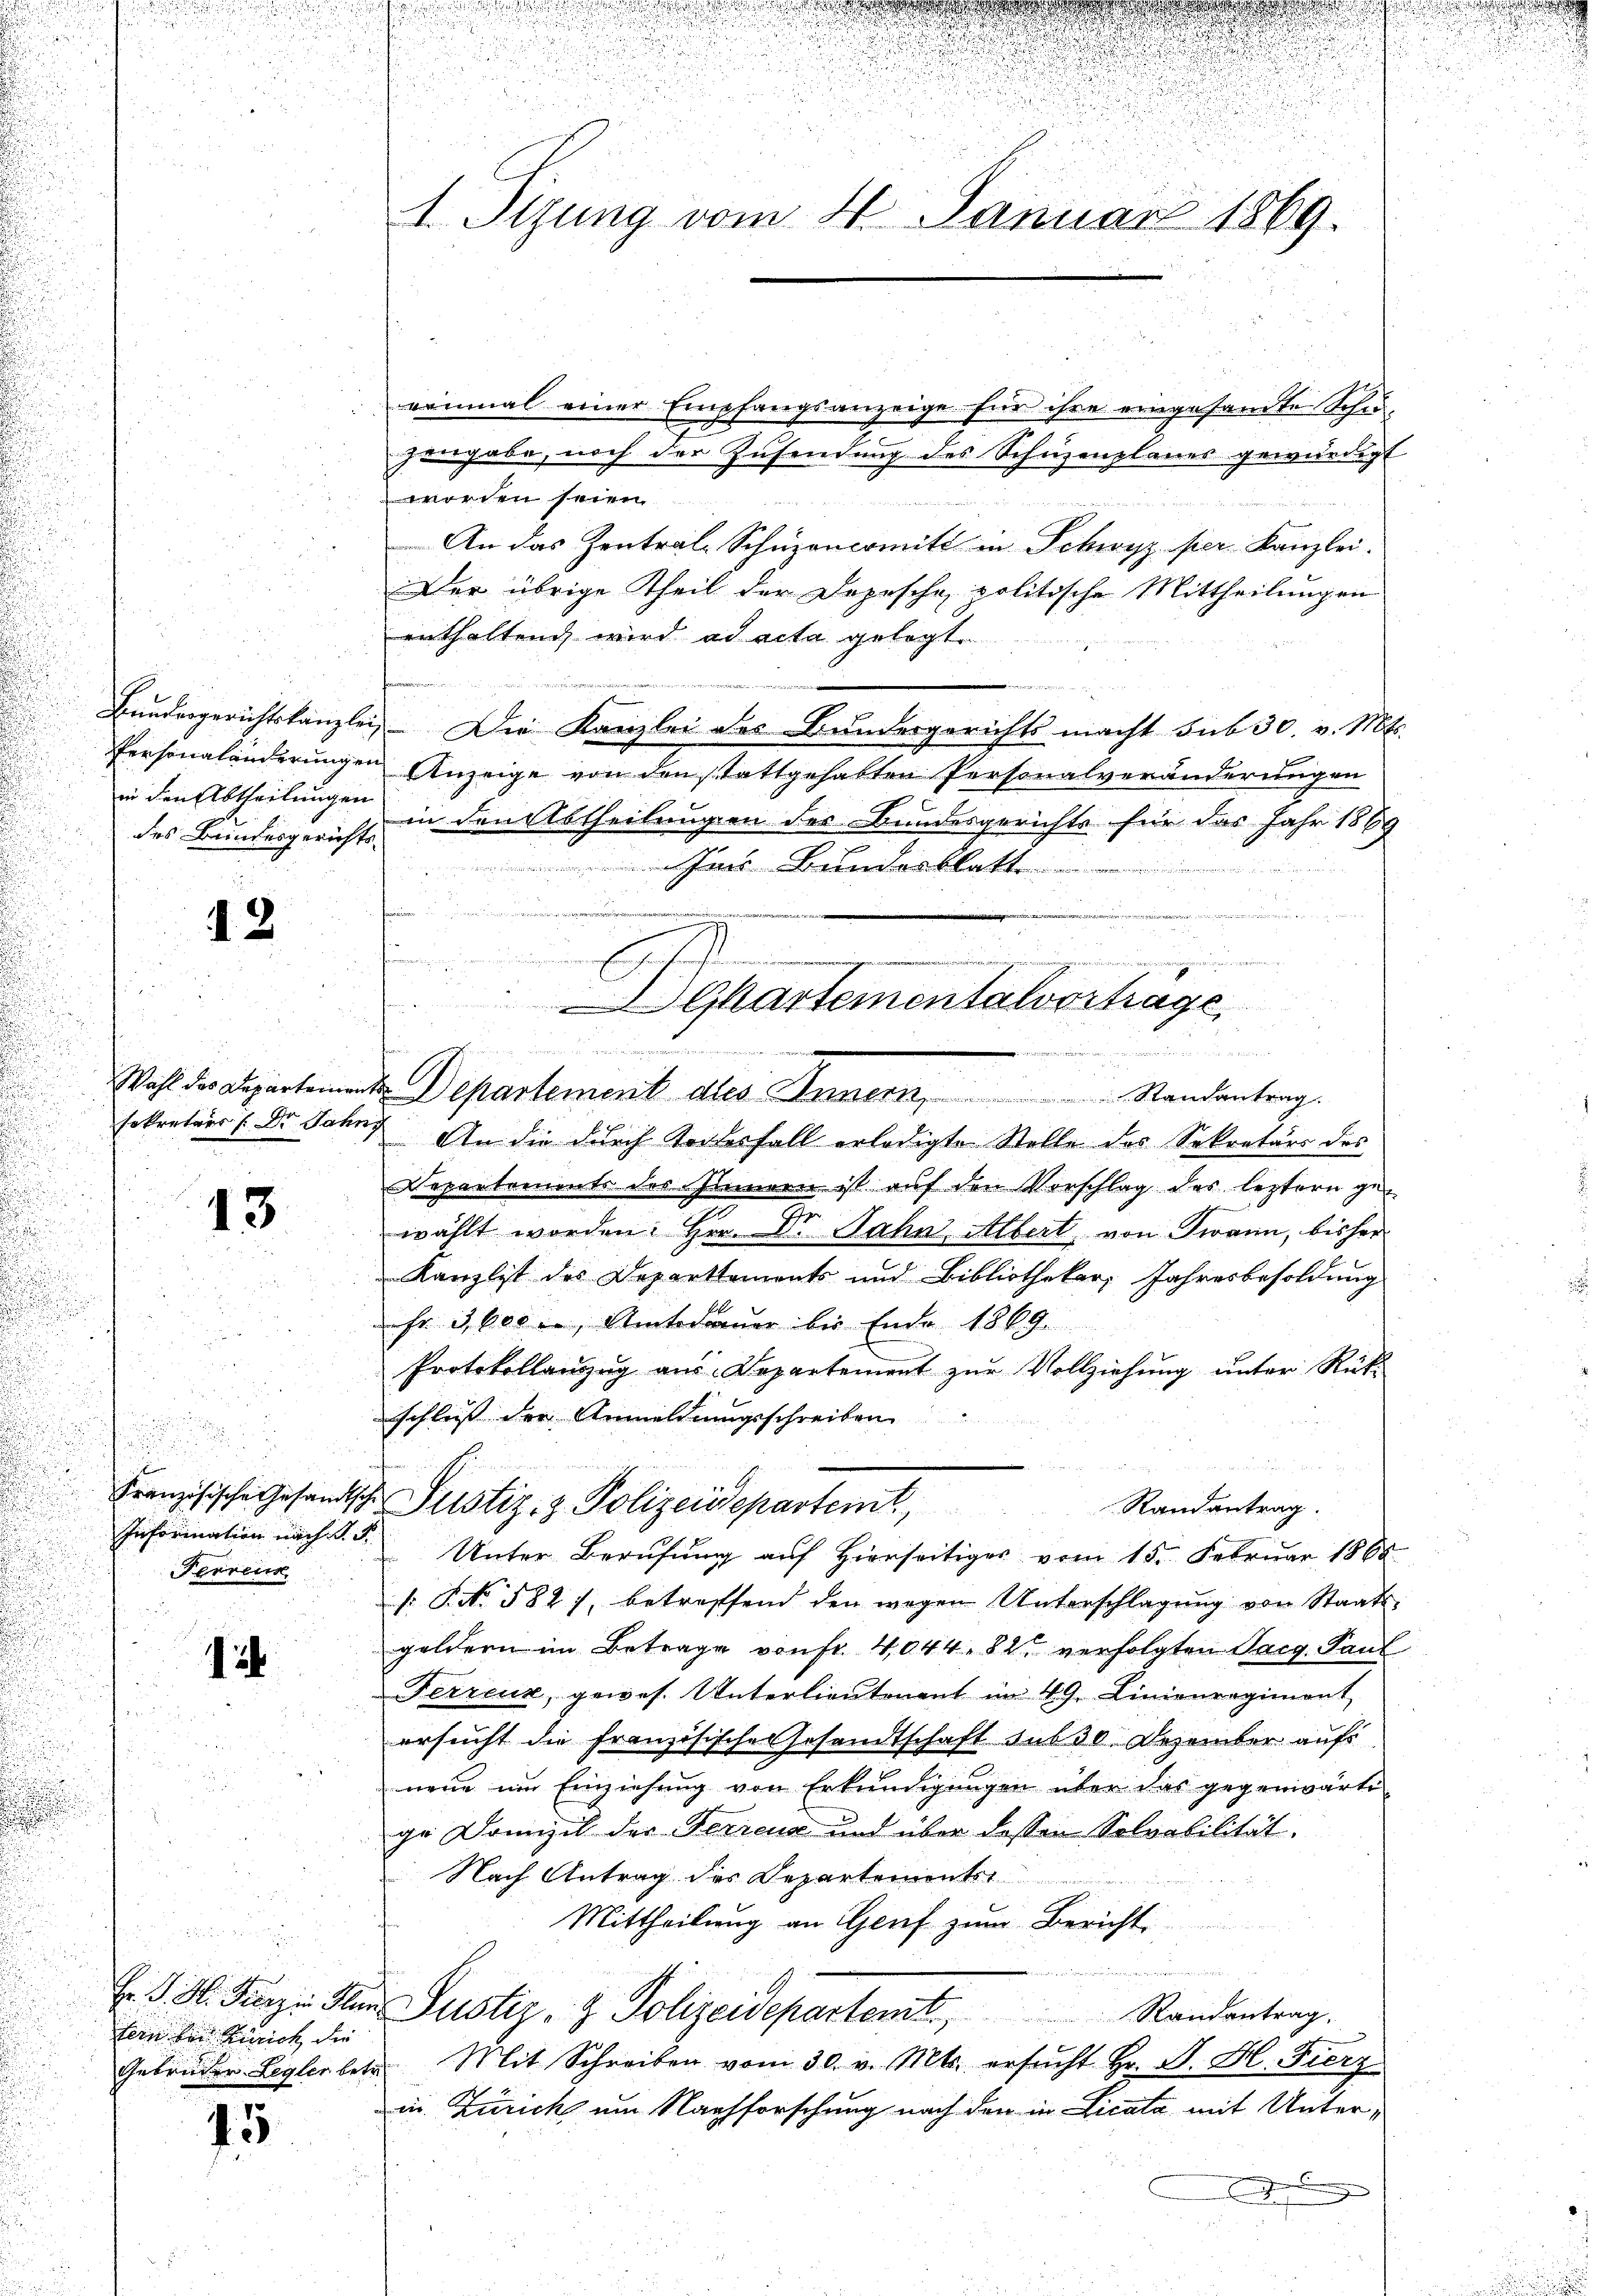
Bundergerichtskanzle
Personaländerunge
in den Abtheilungen
des Bundesgerichts-

i

.

2

n
sekretärs /: Dr. Jahn

13

s
Ferreur

12

tern bei Zürich, die
Gebrüder Legler betre

15

1. Sizung vom 24. Januar 1869.

eeinmal einer Empfangsanzeige für ihre eingesandte Schuzengabe, noch der Zusendung des Schuzenplanes gewürdigt
worden seien.
An das Zentral-Schüzencomité in Schwyz per Kanzlei.
Der übrige Theil der Dopesche politische Mittheilungen
enthaltend wird ad acta gelegt.
Prore

u
u) Die Kanzlei des Bundergerichts macht sub 30. v. Mts.
Anzeige von den stattgehabten Personalveränderungen
in den Abtheilungen des Bundesgerichts für das Jahr 1889
Im Bundesblatt
Wahl der Departemente Departement des Innern Randantrag
i. An die durch Torterfall erledigten Stelle des Sekretärs des
Departements des Zinnern ist auf den Vorschlag des leztern gewählt worden. Her. Dr. Jahn, Albert, von Twann, bisher
Kanzlist des Departtements und Bibliothekar, Jahresbesoldung
Fr. 3000, Amtsdauer bis Ende 1869.
Protokollanzug aus Departement zŭr Vollziehung unter Rükschluss der Anmeldungsschreiben
t
Französische Gesandtsche Justiz- & Polizeidepartemt,
Randantrag.
Information nach d. 5. Unter Berufung auf Hierseitiges vom 15. Februar 1860.
: P. No. 582), betreffend den wegen Unterschlagung von Staats-
goldern im Betrage von Fr. 4044. 82 verfolgten Tag. Paul
Ferrenz, gewes. Unterlieutenant im 49. Linienregiment
ersucht die Französische Gesandtschaft sub 30 Dezember aufs
neue um Einziehung von Erkundigungen über das gegenwärte
ge Domizil der Ferrenz und über dessen Solvabilität.
Nach Antrag des Departementst
Mittheilung an Genf zum Bericht.

E. d. M. Parze Non Justiz- & Polizeidepartemt. Randentrag.
Mit Schreiben vom 30. v. Mts. ersŭcht Hr. J. H. Fierz
in. Zürich um Nachforschung nach den in Licata mit Unteri

e

e
A

.
Ghartementalvertrage
eien zu der An